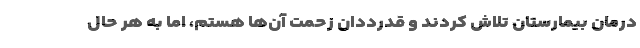
درمان بیمارستان تلاش کردند و قدرددان زحمت آن‌ها هستم، اما به هر حال